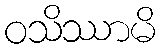
ဝသိဿာမိ